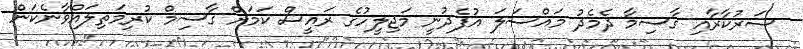
ސަރުކާރާއި ގާސިމާ ދެމެދު މައްސަލަ އުފެދުނީ މަޖިލީހުގެ ރައީސް ކަމަށް ގާސިމް ކުރިމަތިލައްވާނެކަން